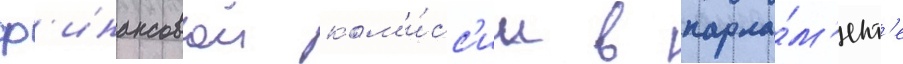
ф'инансовои ком'и́сс'ии в парла́м'ент'е